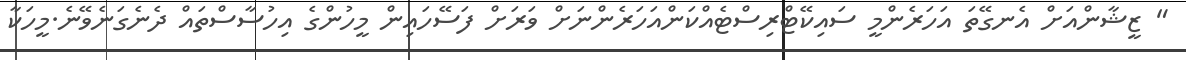
" ޒީޝާންއަށް އެނގޭތަ އަހަރެންމީ ސައިކޭޓްރިސްޓެއްކަންއަހަރެންނަށް ވަރަށް ފަސޭހައިން މީހުންގެ އިހުސާސްތައް ދެނެގަނެވޭނެ.މީހަކާ